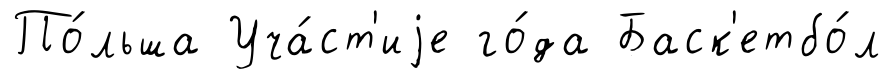
По́льша Уча́ст'иjе го́да Баск'етбо́л